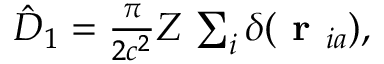
\begin{array} { r } { \hat { D } _ { 1 } = \frac { \pi } { 2 c ^ { 2 } } Z \, \sum _ { i } \delta ( \textbf { r } _ { i a } ) , } \end{array}